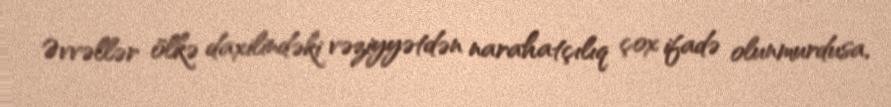
Əvvəllər ölkə daxilindəki vəziyyətdən narahatçılıq çox ifadə olunmurdusa,